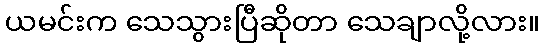
ယမင်းက သေသွားပြီဆိုတာ သေချာလို့လား။